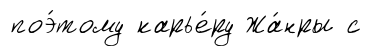
поэ́тому карье́ру Жа́нры с